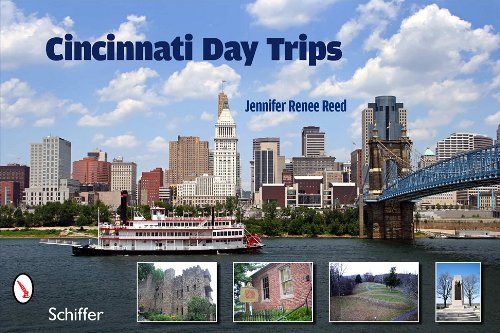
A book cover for Cincinnati Day Trips: Tiny Journeys from the Queen City; Jennifer Renee Reed; Travel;